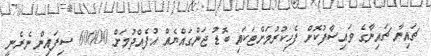
ޗައިނާ ޗައިނާގެ ވައިސާފުކޮށް ފެހިކުރުމަށްޓަކައި ބޮޑު ޖަންގައްޔެއް އުފެއްދުމަށް 60000 ސިފައިން ނެރެނީ